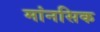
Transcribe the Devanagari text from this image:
मांनसिक